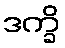
ဒက္ခိ